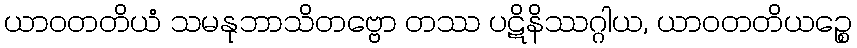
ယာဝတတိယံ သမနုဘာသိတဗ္ဗော တဿ ပဋိနိဿဂ္ဂါယ, ယာဝတတိယဉ္စေ